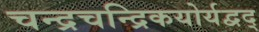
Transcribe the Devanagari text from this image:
चन्द्रचन्द्रिकयोर्यद्वद्